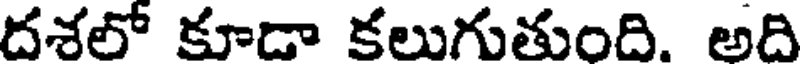
దశలో కూడా కలుగుతుంది. అది